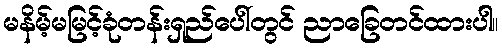
မနိမ့်မမြင့်ခုံတန်းရှည်ပေါ်တွင် ညာခြေတင်ထားပါ။